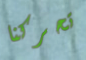
تحركنا